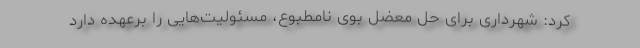
کرد: شهرداری برای حل معضل بوی نامطبوع، مسئولیت‌هایی را برعهده دارد